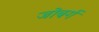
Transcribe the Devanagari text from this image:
जोबर्ग